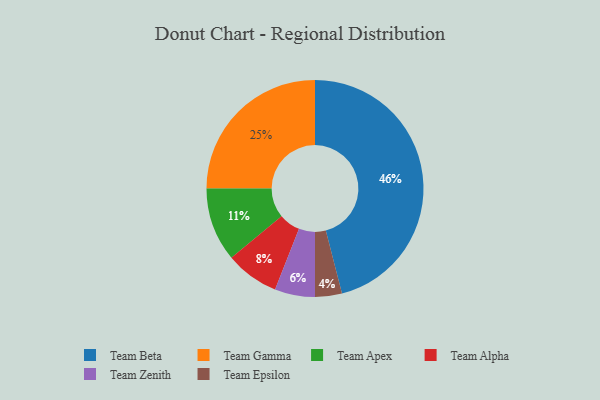
{"axis": {"x": "Category", "y": "Percentage"}, "legend": ["Team Alpha", "Team Apex", "Team Beta", "Team Epsilon", "Team Gamma", "Team Zenith"], "data": [{"x": "Team Alpha", "y": 8, "type": "Team Alpha"}, {"x": "Team Gamma", "y": 25, "type": "Team Gamma"}, {"x": "Team Zenith", "y": 6, "type": "Team Zenith"}, {"x": "Team Beta", "y": 46, "type": "Team Beta"}, {"x": "Team Apex", "y": 11, "type": "Team Apex"}, {"x": "Team Epsilon", "y": 4, "type": "Team Epsilon"}]}